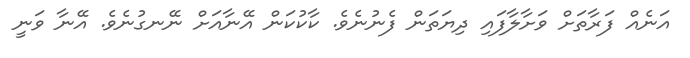
އަނެއް ފަރާތަށް ވަށާލާފައި ދިޔަތަން ފެނުނެވެ. ކާކުކަން އޭނާއަށް ނޭނގުނެވެ. އޭނާ ވަނީ